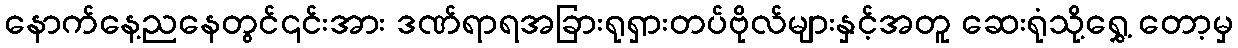
နောက်နေ့ညနေတွင်၎င်းအား ဒဏ်ရာရအခြားရုရှားတပ်ဗိုလ်များနှင့်အတူ ဆေးရုံသို့ရွှေ့ တော့မှ